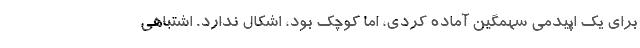
برای یک اپیدمی سهمگین آماده کردی، اما کوچک بود، اشکال ندارد. اشتباهی